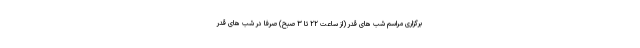
برگزاری مراسم شب های قدر (از ساعت ٢٢ تا ٣ صبح) صرفاً در شب های قدر